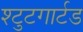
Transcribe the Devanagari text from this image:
श्टुटगार्टड